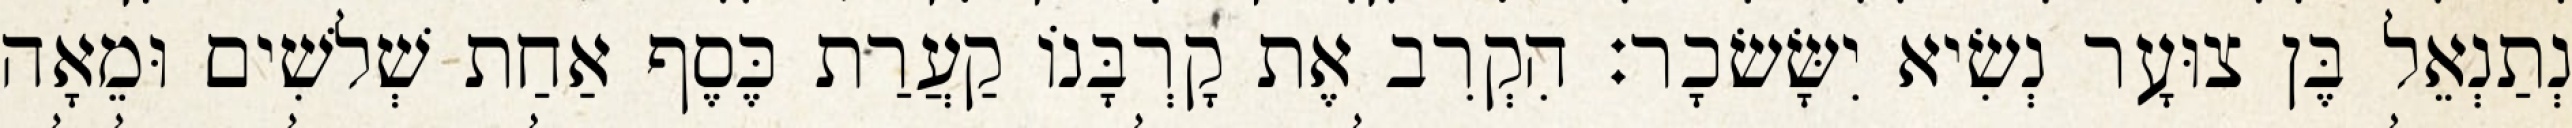
נְתַנְאֵל בֶּן צוּעָר נְשִׂיא יִשָּׂשׂכָר׃ הִקְרִב אֶת קָרְבָּנוֹ קַעֲרַת כֶּסֶף אַחַת שְׁלשִׁים וּמֵאָה